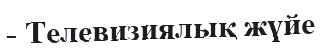
- Телевизиялық жүйе